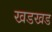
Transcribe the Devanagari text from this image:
खडखड